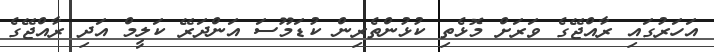
އަހަރުގައި ރާއްޖޭގެ ވަރަށް މޮޅެތި ކުޅުންތެރިން ކުޑަމޫސަ އަންދަރޭ ކަލީމް އަދި ރާއްޖޭގެ